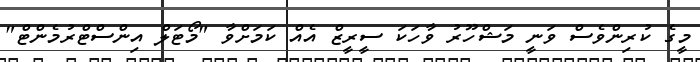
މީގެ ކުރިންވެސް ވަނީ މަޝްހޫރު ވާހަކަ ސީރީޒް އެއް ކަމަށްވާ "މޯޓަލް އިންސްޓްރުމެންޓް"